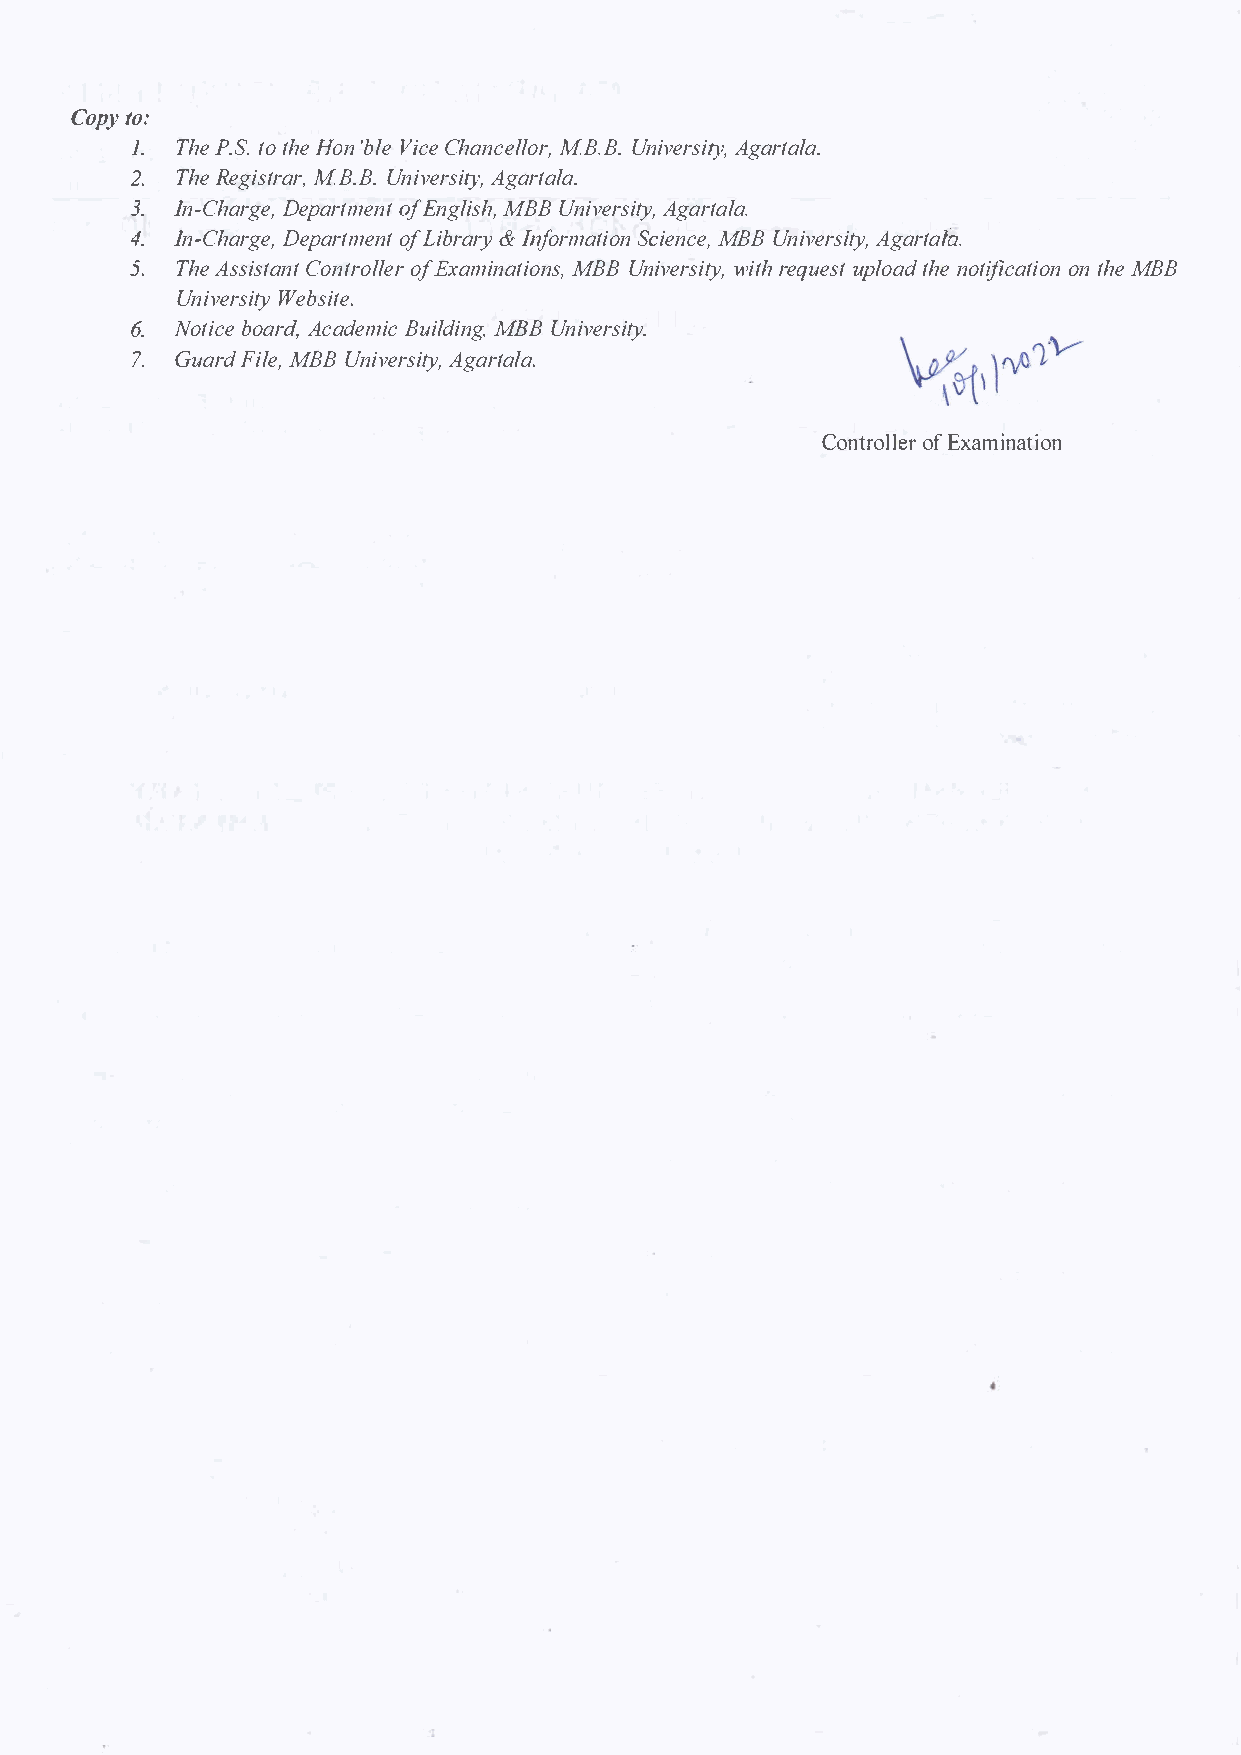
Coptyo :
 1.T hPe. tSot. h Heo 'nb VlieCc hea ncMeBl.lBoU.rn ,i veArgsairtyt,a la.
 2. ThRee gisMtBr.aBUr.n, i versity, Agartala.
 3.I n-ChDaerpgaer,to mfEe nngtlM iBsBUh n,i veArgsairtyt,a la.
 4.I n-ChDaerpgaer,to mLfei nbtr& aI rnyf ormSactiieMonBncB Ue n,i veArgsairtyt,a fa.
 5. ThAes sisCtoannttro ofEl xlaemri naMtBiBUo nnisv,e wristrihety q,uup elsotta hdne o tifiocnat thMieBo Bn
 UniveWresbistyi te.
 6.NotbiocaeAr cda,d emic MBBBu Uinlidvienrgs,i ty.
 7.GuaFridlM eB,BU niversity,   Agartala.
 ControofEl xlaemri nation